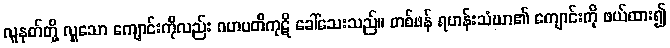
လူနတ်တို့ လှူသော ကျောင်းကိုလည်း ဂဟပတိကုဋိ ခေါ်သေးသည်။ တစ်ဖန် ရဟန်းသံဃာ၏ ကျောင်းကို ဖယ်ထား၍